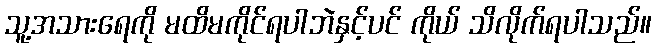
သူ့အသားရေကို မထိမကိုင်ရပါဘဲနှင့်ပင် ကိုယ် သိလိုက်ရပါသည်။